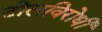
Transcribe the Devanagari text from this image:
टोलविरोधी